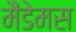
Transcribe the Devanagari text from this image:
मैंडेमस